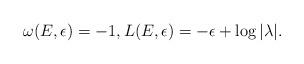
LaTeX: \begin{align*}\omega(E,\epsilon)=-1, L(E,\epsilon) = -\epsilon+ \log |\lambda|.\end{align*}